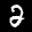
Label: 2